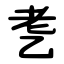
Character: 㐗